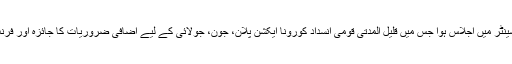
وزیر منصوبہ بندی و ترقی اسد عمر کی زیر صدارت نیشنل کمانڈ اینڈ ا?پریشن سینٹر میں اجلاس ہوا جس میں قلیل المدتی قومی انسداد کورونا ایکشن پلان، جون، جولائی کے لیے اضافی ضروریات کا جائزہ اور فرنٹ لائن پر لڑنے والے طبی عملے کے لیے مراعاتی پیکیج پر تبادلہ خیال کیا گیا۔